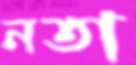
নতা